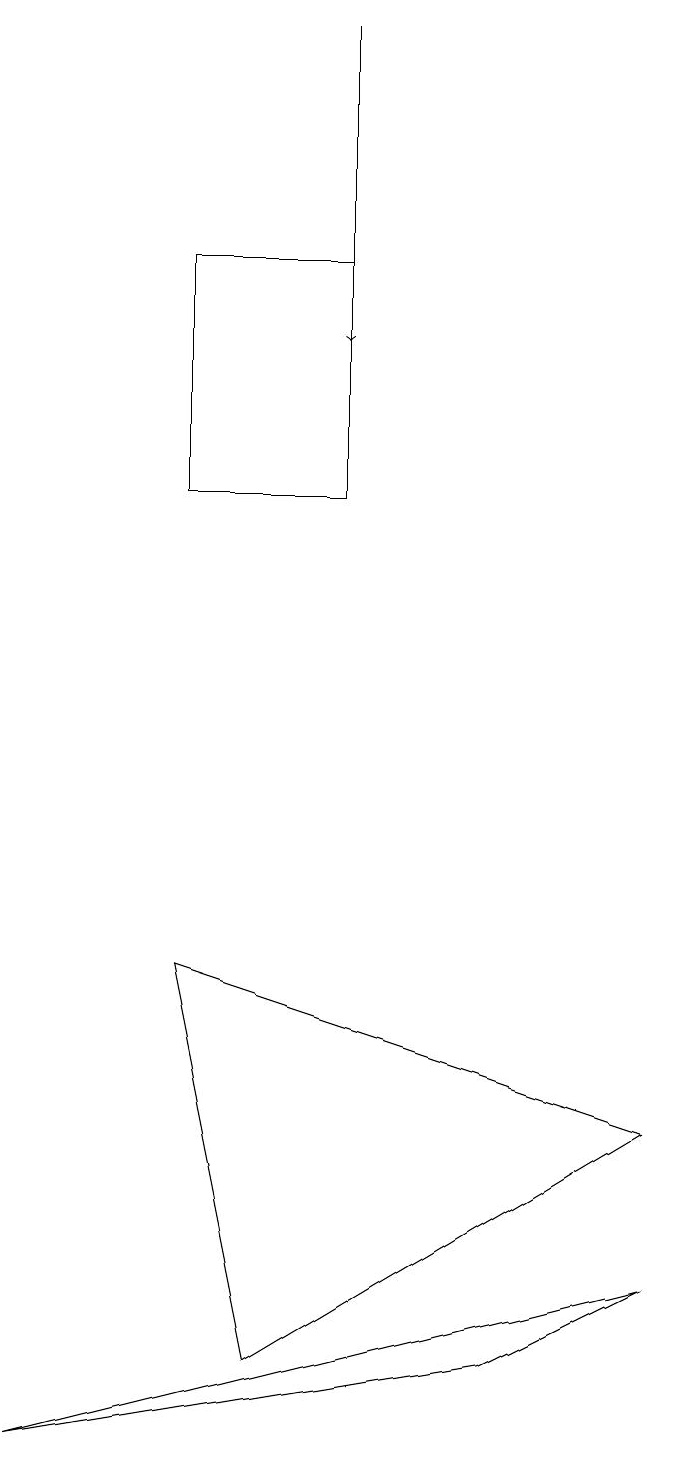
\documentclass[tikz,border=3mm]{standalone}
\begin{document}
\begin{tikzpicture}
\draw (9,2) -- (7,1) -- (1,0) -- cycle;
\draw[->] (5,18) -- (5,14);
\draw (4,1) -- (3,6) -- (9,4) -- cycle;
\draw (5,12) rectangle (3,15);
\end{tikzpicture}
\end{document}